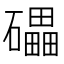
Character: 礧